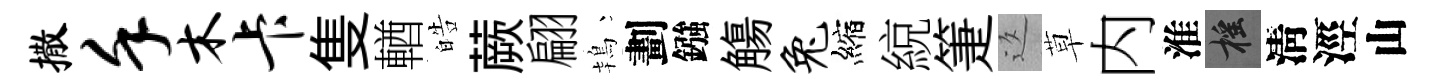
撒堇木卡隻輶皓蕨翩鴇劃鏹觴兔縮綂箑返草内淮摇淸涇山